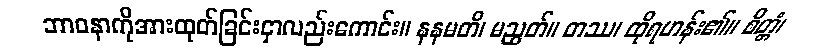
ဘာဝနာကိုအားထုတ်ခြင်းငှာလည်းကောင်း။ နနမတိ၊ မညွတ်။ တဿ၊ ထိုရဟန်း၏။ စိတ္တံ၊